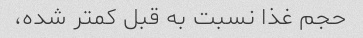
حجم غذا نسبت به قبل کمتر شده،